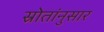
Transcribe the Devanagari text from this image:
स्रोतांनुसार